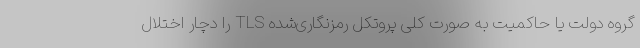
گروه دولت یا حاکمیت به صورت کلی پروتکل رمزنگاری‌شده TLS را دچار اختلال